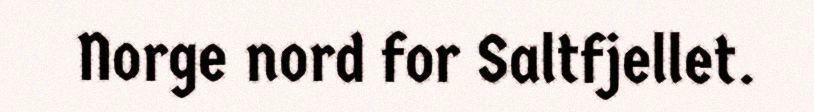
Norge nord for Saltfjellet.